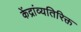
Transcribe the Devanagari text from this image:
केंद्रांव्यतिरिक्त